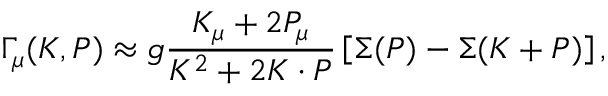
\Gamma _ { \mu } ( K , P ) \approx g \frac { K _ { \mu } + 2 P _ { \mu } } { K ^ { 2 } + 2 K \cdot P } \left[ \Sigma ( P ) - \Sigma ( K + P ) \right] ,